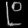
Digit: ၉